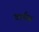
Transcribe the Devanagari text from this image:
वार्मस